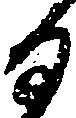
る